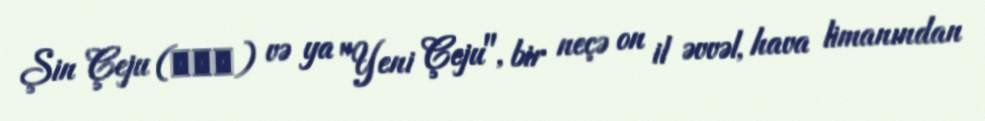
Şin Çeju (신제주) və ya "Yeni Çeju", bir neçə on il əvvəl, hava limanından